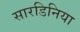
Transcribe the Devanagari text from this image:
सारडिनिया